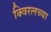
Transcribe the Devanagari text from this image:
क्विरलच्या